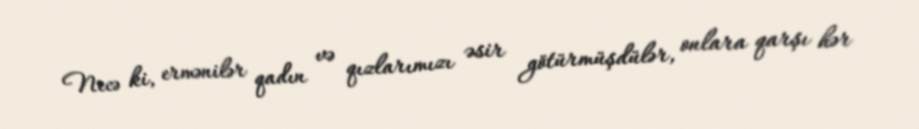
Necə ki, ermənilər qadın və qızlarımızı əsir götürmüşdülər, onlara qarşı hər